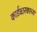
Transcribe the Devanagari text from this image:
कार्डधारकाच्या